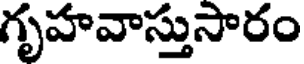
గృహవాస్తుసారం